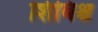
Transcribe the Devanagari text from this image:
शिबिश्च